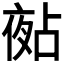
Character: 𡖵